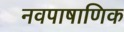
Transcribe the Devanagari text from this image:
नवपाषाणिक